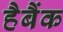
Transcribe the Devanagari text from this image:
हैबैंक